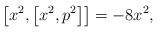
LaTeX: \begin{align*}\left[x^{2},\left[ x^{2},p^{2}\right] \right] =-8x^{2},\end{align*}